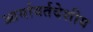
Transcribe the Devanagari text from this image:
आर्यावर्तदेशीय